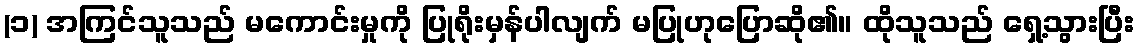
(၁) အကြင်သူသည် မကောင်းမှုကို ပြုရိုးမှန်ပါလျက် မပြုဟုပြောဆို၏။ ထိုသူသည် ရှေ့သွားပြီး